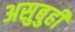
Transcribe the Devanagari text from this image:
असुबुही